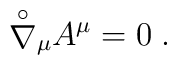
{\stackrel{\circ}{\nabla}}{}_{\mu} A^\mu = 0 \; .